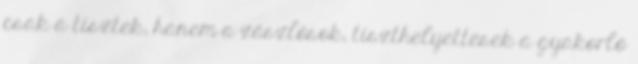
csak a tisztek, hanem a zászlósok, tiszthelyettesek a gyakorló